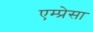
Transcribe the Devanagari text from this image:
एम्प्रेसा